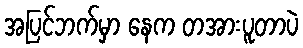
အပြင်ဘက်မှာ နေက တအားပူတာပဲ